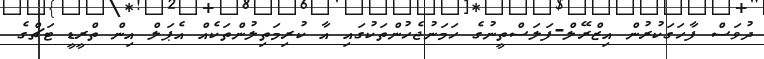
ދުވަސް ފާހަގަކުރުން އިޒްރޭލް-ފަލަސްތީނުގެ ހަމަނުޖެހުންތަކުގައި އާ ކުރިމަތިލުންތަކެއް އެޕަލް އިން ތްރީޑީ ޓަޗްގެ